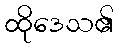
ထိုဒေသ၏